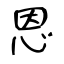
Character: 恩